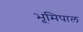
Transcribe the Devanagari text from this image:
भूमिपाल